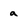
Character: a